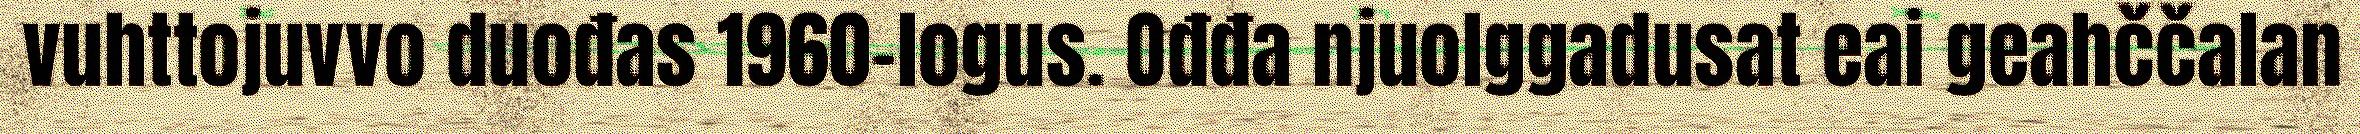
vuhttojuvvo duođas 1960-logus. Ođđa njuolggadusat eai geahččalan